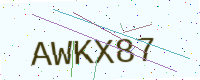
Text: AWKX87